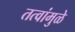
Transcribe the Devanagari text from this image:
तत्वांमुळे